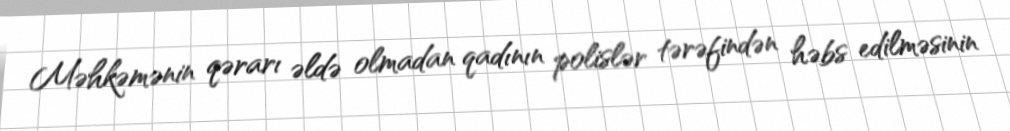
Məhkəmənin qərarı əldə olmadan qadının polislər tərəfindən həbs edilməsinin